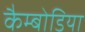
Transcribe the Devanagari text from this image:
कैम्बोडिया